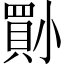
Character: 𡮨